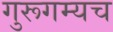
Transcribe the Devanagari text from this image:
गुरूगम्यच